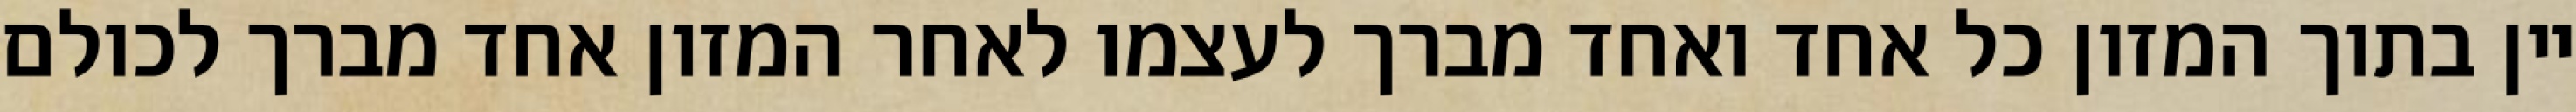
יין בתוך המזון כל אחד ואחד מברך לעצמו לאחר המזון אחד מברך לכולם